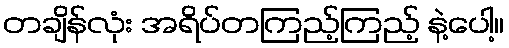
တချိန်လုံး အရိပ်တကြည့်ကြည့် နဲ့ပေါ့။